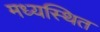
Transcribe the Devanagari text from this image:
मध्यस्थित